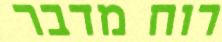
רוח מדבר